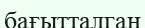
бағытталган